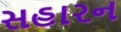
સહારન